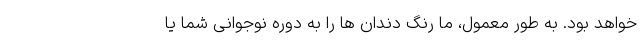
خواهد بود. به طور معمول، ما رنگ دندان ها را به دوره نوجوانی شما یا